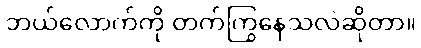
ဘယ်လောက်ကို တက်ကြွနေသလဲဆိုတာ။